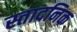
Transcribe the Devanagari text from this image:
स्तादनिक